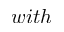
w i t h